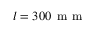
l = 3 0 0 \, \mathrm { ~ m ~ m ~ }